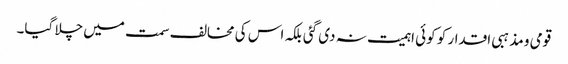
قومی و مذہبی اقدار کو کوئی اہمیت نہ دی گئی بلکہ اس کی مخالف سمت میں چلا گیا۔